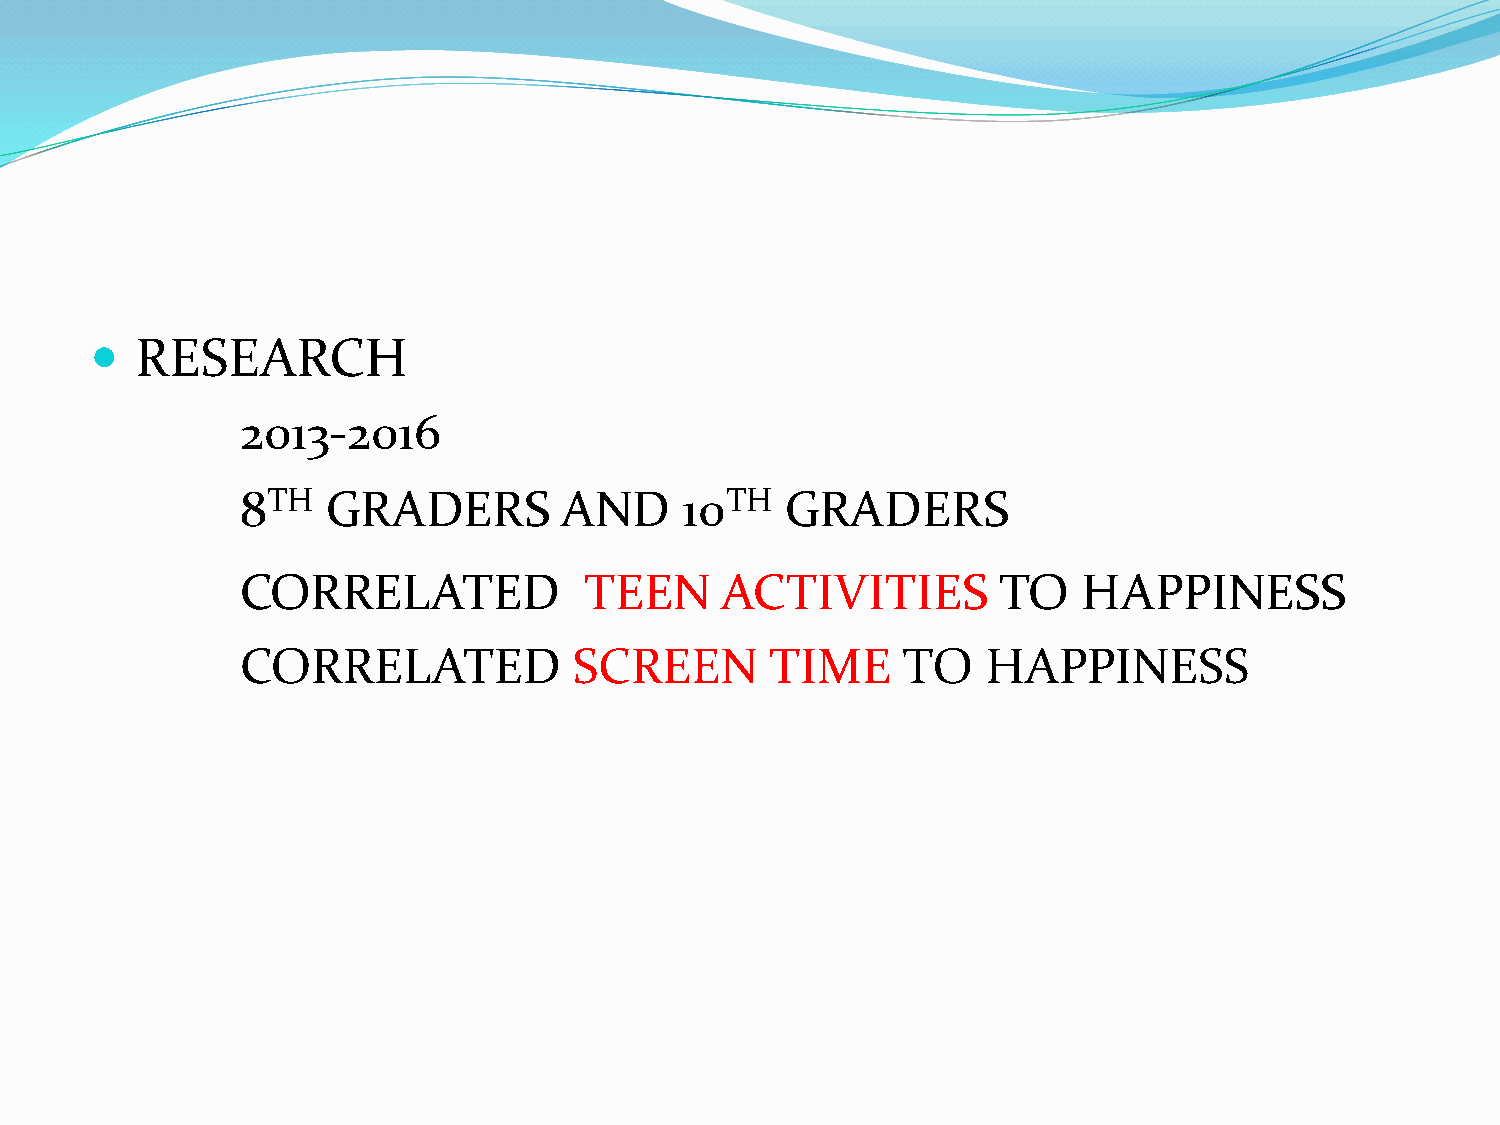
  RESEARCH
 2013-2016
 8TH   GRADERS        AND     10TH   GRADERS
 CORRELATED             TEEN     ACTIVITIES        TO    HAPPINESS
 CORRELATED            SCREEN       TIME     TO   HAPPINESS